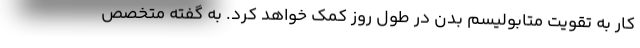
کار به تقویت متابولیسم بدن در طول روز کمک خواهد کرد. به گفته متخصص